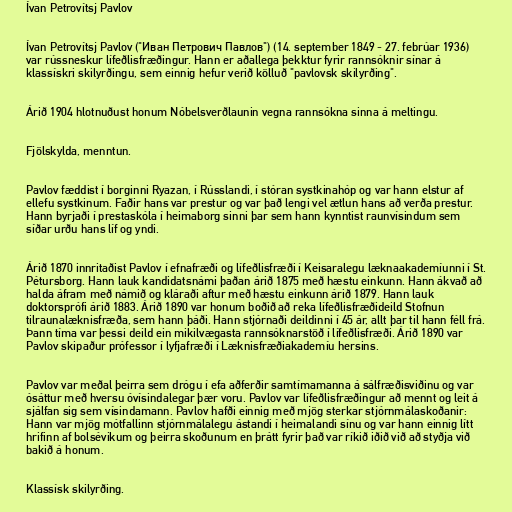
Ívan Petrovítsj Pavlov

Ívan Petrovítsj Pavlov ("Иван Петрович Павлов") (14. september 1849 - 27. febrúar 1936)
var rússneskur lífeðlisfræðingur. Hann er aðallega þekktur fyrir rannsóknir sínar á
klassískri skilyrðingu, sem einnig hefur verið kölluð "pavlovsk skilyrðing".

Árið 1904 hlotnuðust honum Nóbelsverðlaunin vegna rannsókna sinna á meltingu.

Fjölskylda, menntun.

Pavlov fæddist í borginni Ryazan, í Rússlandi, í stóran systkinahóp og var hann elstur af
ellefu systkinum. Faðir hans var prestur og var það lengi vel ætlun hans að verða prestur.
Hann byrjaði í prestaskóla í heimaborg sinni þar sem hann kynntist raunvísindum sem
síðar urðu hans líf og yndi.

Árið 1870 innritaðist Pavlov í efnafræði og lífeðlisfræði í Keisaralegu læknaakademíunni í St.
Pétursborg. Hann lauk kandidatsnámi þaðan árið 1875 með hæstu einkunn. Hann ákvað að
halda áfram með námið og kláraði aftur með hæstu einkunn árið 1879. Hann lauk
doktorsprófi árið 1883. Árið 1890 var honum boðið að reka lífeðlisfræðideild Stofnun
tilraunalæknisfræða, sem hann þáði. Hann stjórnaði deildinni í 45 ár, allt þar til hann féll frá.
Þann tíma var þessi deild ein mikilvægasta rannsóknarstöð í lífeðlisfræði. Árið 1890 var
Pavlov skipaður prófessor í lyfjafræði í Læknisfræðiakademíu hersins.

Pavlov var meðal þeirra sem drógu í efa aðferðir samtímamanna á sálfræðisviðinu og var
ósáttur með hversu óvísindalegar þær voru. Pavlov var lífeðlisfræðingur að mennt og leit á
sjálfan sig sem vísindamann. Pavlov hafði einnig með mjög sterkar stjórnmálaskoðanir:
Hann var mjög mótfallinn stjórnmálalegu ástandi í heimalandi sínu og var hann einnig lítt
hrifinn af bolsévikum og þeirra skoðunum en þrátt fyrir það var ríkið iðið við að styðja við
bakið á honum.

Klassísk skilyrðing.